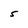
Character: 5